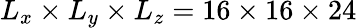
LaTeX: L_{x}\times L_{y}\times L_{z}=16\times 16\times 24